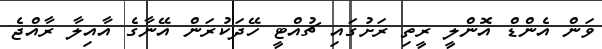
ވަން އެންޑް އޮންލީ ރީތި ރަށުގައި ޗުއްޓީ ހޭދަކުރަން އޭނާގެ އާއިލާ ރާއްޖެ